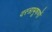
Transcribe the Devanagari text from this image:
वस्‍त्राभूषणों